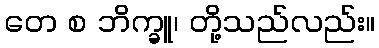
တေ စ ဘိက္ခူ၊ တို့သည်လည်း။